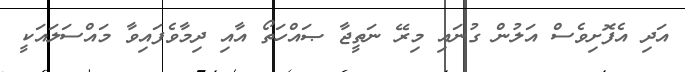
އަދި އެފޮށިވެސް އަލުން ގުނައި މިރޭ ނަތީޖާ ޞައްހަތޯ އާއި ދިމާވެފައިވާ މައްސަލައަކީ